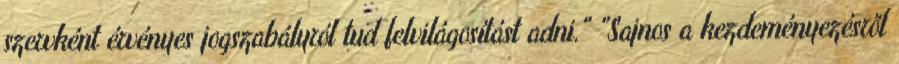
szervként érvényes jogszabályról tud felvilágosítást adni." "Sajnos a kezdeményezésről